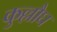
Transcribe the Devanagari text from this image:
कुल्लौघ